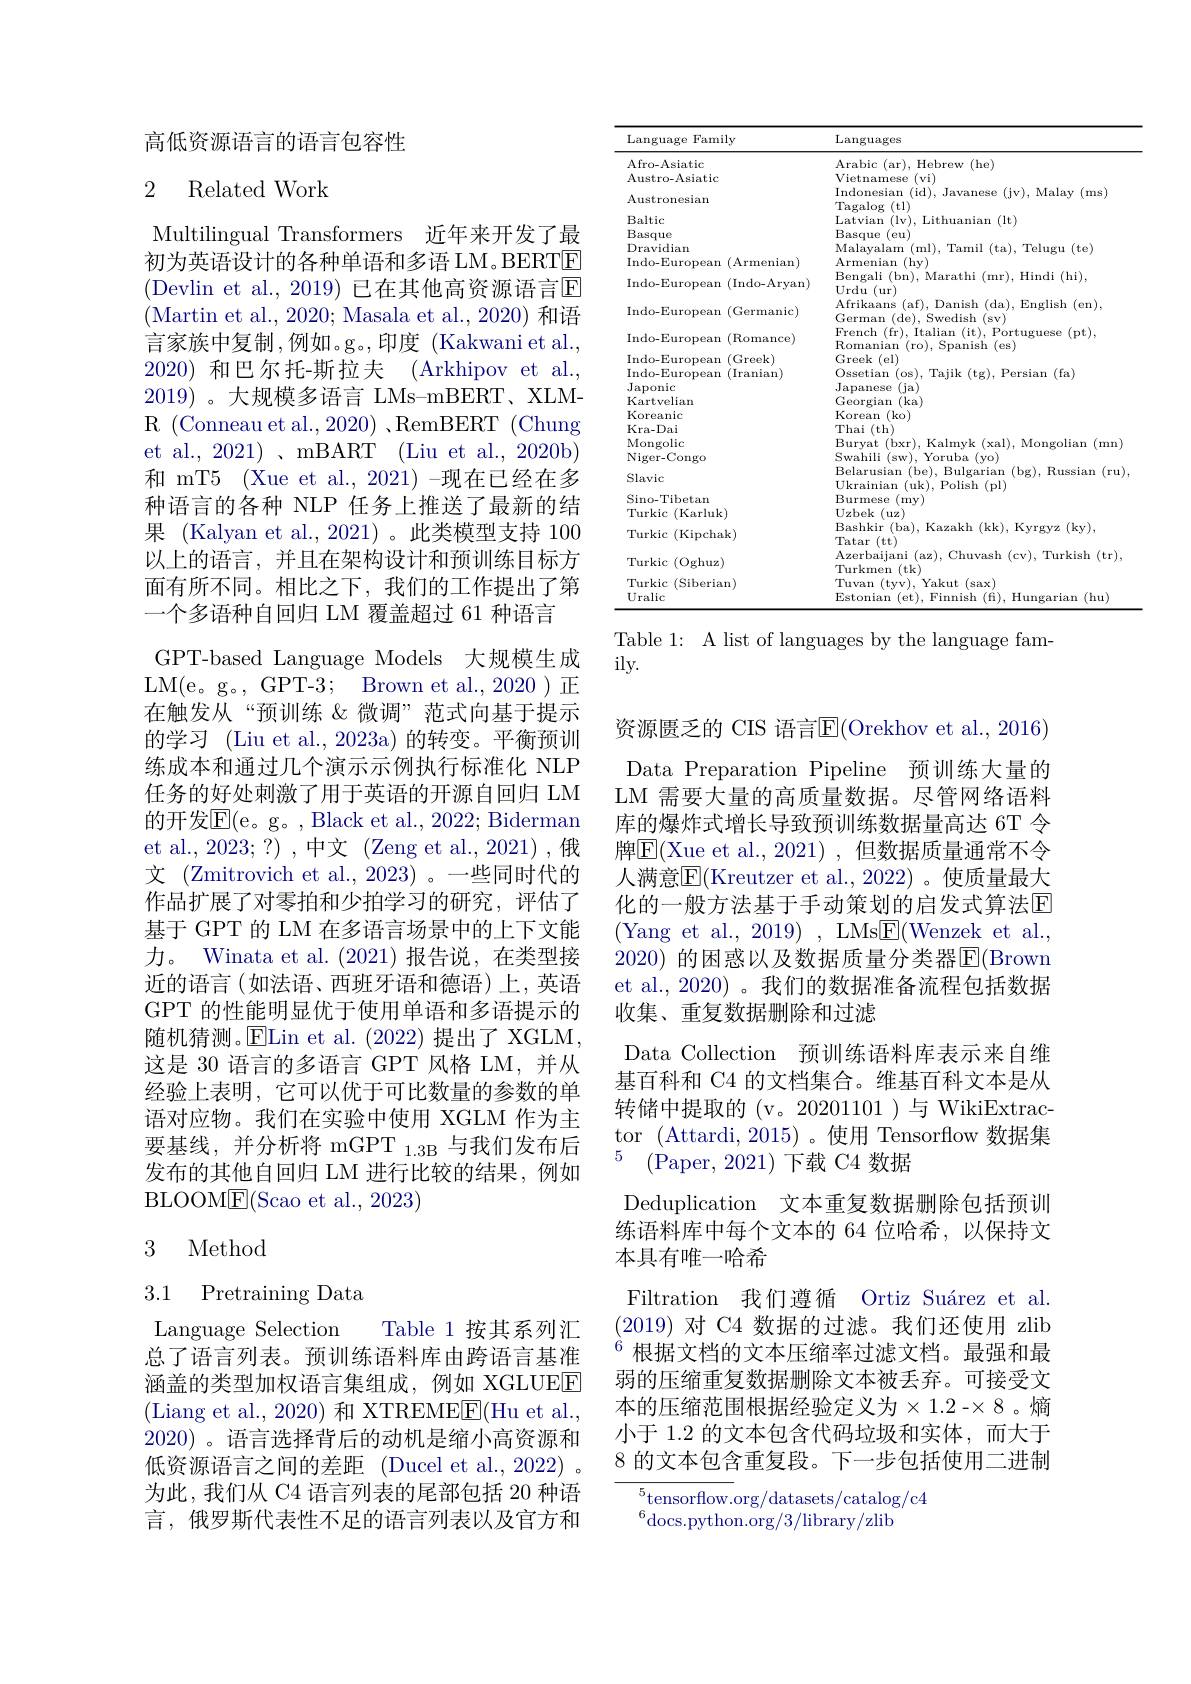
高低资源语言的语言包容性

## 2 Related Work

Multilingual Transformers 近年来开发了最初为英语设计的各种单语和多语 LM。BERTE (Devlin et al., 2019) 已在其他高资源语言$\overline{\mathrm{E}}$ (Martin et al., 2020; Masala et al., 2020) 和语言家族中复制，例如。g。,印度(Kakwani et al., 2020)和巴尔托-斯拉夫 (Arkhipov et al., 2019) 。大规模多语言 LMs-mBERT、XLMR (Conneau et al.,2020) ,RemBERT (Chung et al., 2021) 、mBART (Liu et al., 2020b) 和 mT5 (Xue et al., 2021) -现在已经在多种语言的各种 NLP 任务上推送了最新的结果 (Kalyan et al.,2021)。此类模型支持 100以上的语言，并且在架构设计和预训练目标方面有所不同。相比之下，我们的工作提出了第一个多语种自回归 LM 覆盖超过 61 种语言
GPT-based Language Models 大规模生成LM(e。g。,GPT-3;Brown et al.,2020)正在触发从“预训练《微调”范式向基于提示的学习 (Liu et al., 2023a) 的转变。平衡预训练成本和通过几个演示示例执行标准化 NLP 任务的好处刺激了用于英语的开源自回归 LM 的开发$\overline{\mathrm{E}}($e。g。, Black et al., 2022; Biderman et al.,2023;?),中文(Zeng et al.,2021),俄文 (Zmitrovich et al., 2023) 。一些同时代的作品扩展了对零拍和少拍学习的研究，评估了基于 GPT 的 LM 在多语言场景中的上下文能力。Winata et al.(2021)报告说，在类型接近的语言(如法语、西班牙语和德语)上，英语GPT 的性能明显优于使用单语和多语提示的随机猜测。E$Lin et al. ( 2022) 提 出 了 XGLM$, 这是 30 语言的多语言 GPT 风格 LM,并从经验上表明，它可以优于可比数量的参数的单语对应物。我们在实验中使用 XGLM 作为主要基线，并分析将 mGPT $_{1.3\mathrm{B}}$与我们发布后发布的其他自回归 LM 进行比较的结果，例如BLOOME(Scao et al., 2023)

## 3 Method

3.1 Pretraining Data

Language Selection
Table 1 按其系列汇
总了语言列表。预训练语料库由跨语言基准涵盖的类型加权语言集组成，例如 XGLUEE (Liang et al., 2020) 和 XTREMEE(Hu et al., 2020)。语言选择背后的动机是缩小高资源和低资源语言之间的差距(Ducel et al., 2022) 。为此，我们从 C4 语言列表的尾部包括 20 种语言，俄罗斯代表性不足的语言列表以及官方和

<table>
	<tbody>
		<tr>
			<th>Language I Family</th>
			<th>Languages</th>
		</tr>
		<tr>
			<td>Afro- Asiatic Austro-Asiatic</td>
			<td>Arabic (ar), Hebrew (he) Vietnamese (vi)</td>
		</tr>
		<tr>
			<td>Austronesian</td>
			<td>lndonesıan (JV), Malay (ms) $\operatorname{Tagalog}($tl)</td>
		</tr>
		<tr>
			<td>Baltic</td>
			<td>Latriam $\left|1v\right|$ ruanian (lt) $if$</td>
		</tr>
		<tr>
			<td>Basque</td>
			<td>Basque (eu)</td>
		</tr>
		<tr>
			<td>Dravidian</td>
			<td>Malavalam mlk $\left|\sum_{i=1}^{n}a_i\right|$ amil $1+a1$ Teligil fte</td>
		</tr>
		<tr>
			<td>Indo-European $(\operatorname{Armenian})$</td>
			<td>Arme nian (hy)</td>
		</tr>
		<tr>
			<td>Indo-European (Indo-Aryan)</td>
			<td>Bengali (br ${\mathbf{r}}),{\mathbf{Hindi(hi)}}$, Urdu ( ur) </td>
		</tr>
		<tr>
			<td>Indo-European (Germanic)</td>
			<td>Afrikaans ( af) , Danish $\textbf{1}($da),English(en), German (de), Swedish (sv)</td>
		</tr>
		<tr>
			<td>Indo-European (Romance)</td>
			<td>French (fr), Italian (it), Portuguese (pt), Romanian (ro). Spanish (es)</td>
		</tr>
		<tr>
			<td>Indo-European (Greek)</td>
			<td>Greek 1 $(e1)$</td>
		</tr>
		<tr>
			<td>Indo-European (Iranian)</td>
			<td>an</td>
		</tr>
		<tr>
			<td> </td>
			<td> </td>
		</tr>
		<tr>
			<td>Japonic</td>
			<td>Japanese (ja)</td>
		</tr>
		<tr>
			<td> </td>
			<td> </td>
		</tr>
		<tr>
			<td>Koreanic</td>
			<td>TR $(k0)$</td>
		</tr>
		<tr>
			<td>Kra- Da1</td>
			<td>hal $(\mathbf{th}$</td>
		</tr>
		<tr>
			<td> </td>
			<td>X 11 lan</td>
		</tr>
		<tr>
			<td>$VUIH$</td>
			<td>$\Upsilon oruba(yo)$ Belarusian (be). Bulgarian (bg),Russian(ru)</td>
		</tr>
		<tr>
			<td> </td>
			<td>$\therefore H$ (pl)</td>
		</tr>
		<tr>
			<td>Sino-Tibetan</td>
			<td>:C my</td>
		</tr>
		<tr>
			<td> </td>
			<td>${\mathrm{de}}\boldsymbol{K}(uz)$ Bashkir ( ba) Kazakh 1 $(kk).$ Kvrgyz(kv)</td>
		</tr>
		<tr>
			<td>${\mathrm{urkic~(Kipchak)}}$</td>
			<td> </td>
		</tr>
		<tr>
			<td> </td>
			<td>Tatar (tt) Azerbaijani ( az) , Chuvash (cv).Turkish(tr). 1</td>
		</tr>
		<tr>
			<td>$(U_{\mathrm{B}}n$ 11 1112</td>
			<td>Turl crmem 4</td>
		</tr>
		<tr>
			<td>Turkic :(Siberian)</td>
			<td>Tuvam $(sax)$</td>
		</tr>
		<tr>
			<td>Uralic</td>
			<td>$(h_{11})$</td>
		</tr>
	</tbody>
</table>

Table 1: A list of languages by the language fam-
ily.

资源匮乏的 CIS 语言$\overline{\mathbb{E}}($Orekhov et al., 2016) Data Preparation Pipeline 预训练大量的LM 需要大量的高质量数据。尽管网络语料库的爆炸式增长导致预训练数据量高达 6T 令牌$\overline{\mathrm{E}}($Xue et al.,2021),但数据质量通常不令人满意$\overline{\mathrm{E}}($Kreutzer et al.,2022)。使质量最大化的一般方法基于手动策划的启发式算法$\mathbb{E}$ (Yang et al., 2019),LMs$\underline{\mathrm{E}}($Wenzek et al., 2020) 的困惑以及数据质量分类器$\overline{\mathrm{E}}($Brown et al., 2020) 。我们的数据准备流程包括数据收集、重复数据删除和过滤
Data Collection 预训练语料库表示来自维基百科和 C4 的文档集合。维基百科文本是从转储中提取的(v。20201101)与 WikiExtractor (Attardi,2015)。使用 Tensorflow 数据集5 (Paper,2021)下载 C4数据
Deduplication 文本重复数据删除包括预训练语料库中每个文本的 64 位哈希，以保持文本具有唯一哈希
Filtration 我们遵循 Ortiz Suárez et al. (2019)对 C4 数据的过滤。我们还使用 zlib $^{6}$根据文档的文本压缩率过滤文档。最强和最弱的压缩重复数据删除文本被丢弃。可接受文本的压缩范围根据经验定义为$\times1.2-\times8$。熵小于 1.2 的文本包含代码垃圾和实体，而大于8 的文本包含重复段。下一步包括使用二进制
${\frac{^5\text{tensorflow.}}{\mathrm{org/datasets/catalog/c4}}}$

$^{6}$docs.python.org/3/library/zlib